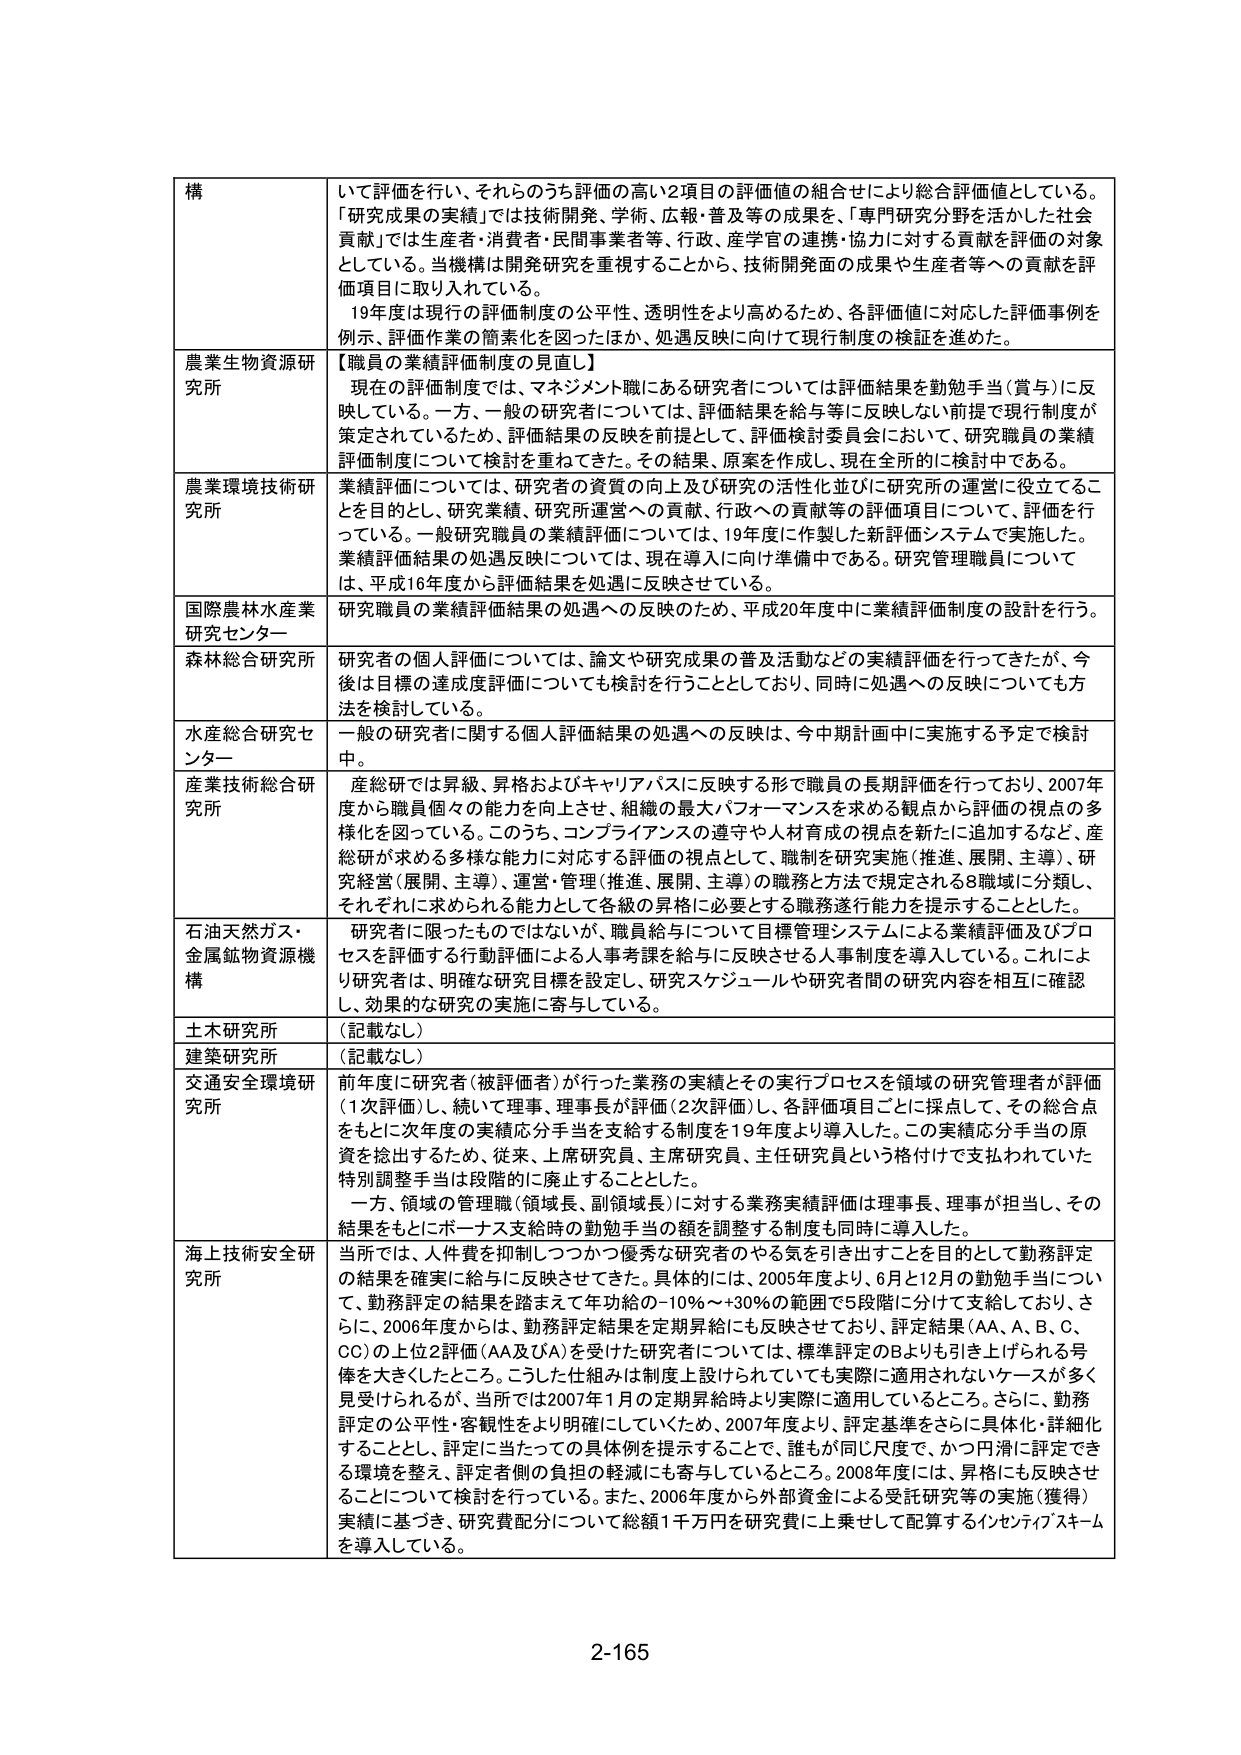
構 いて評価を行い、それらのうち評価の高い2項目の評価値の組合せにより総合評価値としている。 「研究成果の実績」では技術開発、学術、広報・普及等の成果を、「専門研究分野を活かした社会 貢献」では生産者・消費者・民間事業者等、行政、産学官の連携・協力に対する貢献を評価の対象 としている。当機構は開発研究を重視することから、技術開発面の成果や生産者等への貢献を評 価項目に取り入れている。 19年度は現行の評価制度の公平性、透明性をより高めるため、各評価値に対応した評価事例を 例示、評価作業の簡素化を図ったほか、処遇反映に向けて現行制度の検証を進めた。 農業生物資源研 究所 【職員の業績評価制度の見直し】 現在の評価制度では、マネジメント職にある研究者については評価結果を勤勉手当（賞与）に反 映している。一方、一般の研究者については、評価結果を給与等に反映しない前提で現行制度が 策定されているため、評価結果の反映を前提として、評価検討委員会において、研究職員の業績 評価制度について検討を重ねてきた。その結果、原案を作成し、現在全所的に検討中である。 農業環境技術研 究所 業績評価については、研究者の資質の向上及び研究の活性化並びに研究所の運営に役立てることを目的とし、研究業績、研究所運営への貢献、行政への貢献等の評価項目について、評価を行っている。一般研究職員の業績評価については、19年度に作製した新評価システムで実施した。 業績評価結果の処遇反映については、現在導入に向け準備中である。研究管理職員については、平成16年度から評価結果を処遇に反映させている。 国際農林水産業 研究センター 研究職員の業績評価結果の処遇への反映のため、平成20年度中に業績評価制度の設計を行う。 森林総合研究所 研究者の個人評価については、論文や研究成果の普及活動などの実績評価を行ってきたが、今 後は目標の達成度評価についても検討を行うこととしており、同時に処遇への反映についても方 法を検討している。 水産総合研究セ ンター 一般の研究者に関する個人評価結果の処遇への反映は、今中期計画中に実施する予定で検討 中。 産業技術総合研 究所 産総研では昇級、昇格およびキャリアパスに反映する形で職員の長期評価を行っており、2007年 度から職員個々の能力を向上させ、組織の最大パフォーマンスを求める観点から評価の視点の多 様化を図っている。このうち、コンプライアンスの遵守や人材育成の視点を新たに追加するなど、産 総研が求める多様な能力に対応する評価の視点として、職制を研究実施（推進、展開、主導）、研 究経営（展開、主導）、運営・管理（推進、展開、主導）の職務と方法で規定される8職域に分類し、 それぞれに求められる能力として各級の昇格に必要とする職務遂行能力を提示することとした。 石油天然ガス・ 金属鉱物資源機 構 研究者に限ったものではないが、職員給与について目標管理システムによる業績評価及びプロ セスを評価する行動評価による人事課を給与に反映させる人事制度を導入している。これにより研究者は、明確な研究目標を設定し、研究スケジュールや研究者間の研究内容を相互に確認 し、効果的な研究の実施に寄与している。 土木研究所 （記載なし） 建築研究所 （記載なし） 交通安全環境研 究所 前年度に研究者（被評価者）が行った業務の実績とその実行プロセスを領域の研究管理者が評価 （1次評価）し、続いて理事、理事長が評価（2次評価）し、各評価項目ごとに採点して、その総合点 をもとに次年度の実績応分手当を支給する制度を19年度より導入した。この実績応分手当の原 資を捻出するため、従来、上席研究員、主席研究員、主任研究員という格付けで支払われていた 特別調整手当は段階的に廃止することとした。 一方、領域の管理職（領域長、副領域長）に対する業務実績評価は理事長、理事が担当し、その 結果をもとにボーナス支給時の勤勉手当の額を調整する制度も同時に導入した。 海上技術安全研 究所 当所では、人件費を抑制しつつかつ優秀な研究者のやる気を引き出すことを目的として勤務評定 の結果を確実に給与に反映させてきた。具体的には、2005年度より、6月と12月の勤勉手当につい て、勤務評定の結果を踏まえて年功給の-10％～+30％の範囲で5段階に分けて支給しており、さ らに、2006年度からは、勤務評定結果を定期昇給にも反映させており、評定結果（AA、A、B、C、 CC）の上位2評価（AA及びA）を受けた研究者については、標準評定のBよりも引き上げられる号 俸を大きくしたところ。こうした仕組みは制度上設けられていても実際に適用されないケースが多く 見受けられるが、当所では2007年1月の定期昇給時より実際に適用しているところ。さらに、勤務 評定の公平性・客観性をより明確にしていくため、2007年度より、評定基準をさらに具体化・詳細化 することとし、評定に当たっての具体例を提示することで、誰もが同じ尺度で、かつ円滑に評定でき る環境を整え、評定者側の負担の軽減にも寄与しているところ。2008年度には、昇格にも反映させ ることについて検討を行っている。また、2006年度から外部資金による受託研究等の実績（獲得） 実績に基づき、研究費配分について総額1千万円を研究費に上乗せして配算するインセンティブスキーム を導入している。 2-165